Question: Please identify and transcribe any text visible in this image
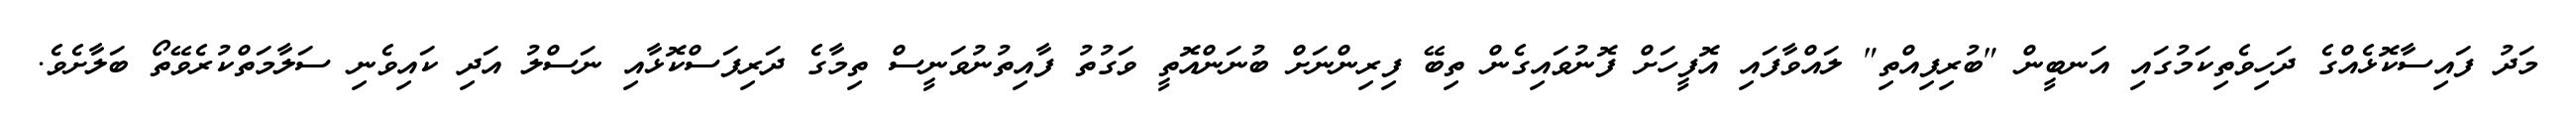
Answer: މަދު ފައިސާކޮޅެއްގެ ދަހިވެތިކަމުގައި އަނބީން "ބުރިފިއްތި" ލައްވާފައި އޮފީހަށް ފޮނުވައިގެން ތިބޭ ފިރިންނަށް ބުނަންއޮތީ ވަގުތު ފާއިތުނުވަނީސް ތިމާގެ ދަރިފަސްކޮޅާއި ނަސްލު އަދި ކައިވެނި ސަލާމަތްކުރެވޭތޯ ބަލާށެވެ.